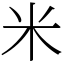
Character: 米